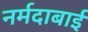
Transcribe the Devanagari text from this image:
नर्मदाबाई